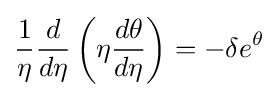
{\frac {1}{\eta }}{\frac {d}{d\eta }}\left(\eta {\frac {d\theta }{d\eta }}\right)=-\delta e^{\theta }